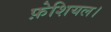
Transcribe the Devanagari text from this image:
फ़ेशियल।